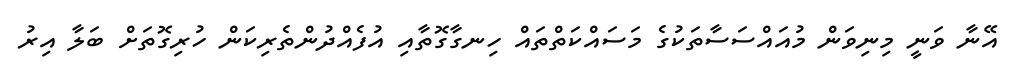
އޭނާ ވަނީ މިނިވަން މުއައްސަސާތަކުގެ މަސައްކަތްތައް ހިނގާގޮތާއި އުފެއްދުންތެރިކަން ހުރިގޮތަށް ބަލާ އިރު